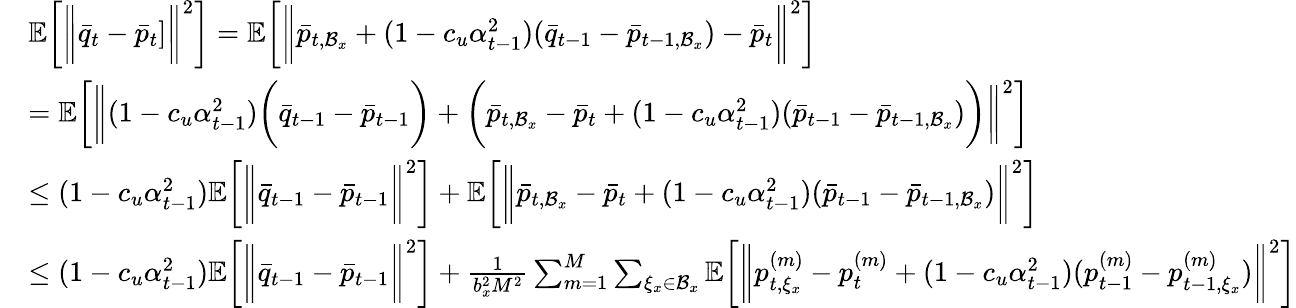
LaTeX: \begin{array}{rl}&{\mathbb{E}\bigg[\bigg\| \bar{q}_{t}-\bar{p}_{t}]\bigg\| ^{2}\bigg]=\mathbb{E}\bigg[\bigg\| \bar{p}_{t,\mathcal{B}_{x}}+(1-c_{u}\alpha_{t-1}^{2})(\bar{q}_{t-1}-\bar{p}_{t-1,\mathcal{B}_{x}})-\bar{p}_{t}\bigg\| ^{2}\bigg]}\\ &{=\mathbb{E}\bigg[\bigg\| (1-c_{u}\alpha_{t-1}^{2})\bigg(\bar{q}_{t-1}-\bar{p}_{t-1}\bigg)+\bigg(\bar{p}_{t,\mathcal{B}_{x}}-\bar{p}_{t}+(1-c_{u}\alpha_{t-1}^{2})(\bar{p}_{t-1}-\bar{p}_{t-1,\mathcal{B}_{x}})\bigg)\bigg\| ^{2}\bigg]}\\ &{\leq(1-c_{u}\alpha_{t-1}^{2})\mathbb{E}\bigg[\bigg\| \bar{q}_{t-1}-\bar{p}_{t-1}\bigg\| ^{2}\bigg]+\mathbb{E}\bigg[\bigg\| \bar{p}_{t,\mathcal{B}_{x}}-\bar{p}_{t}+(1-c_{u}\alpha_{t-1}^{2})(\bar{p}_{t-1}-\bar{p}_{t-1,\mathcal{B}_{x}})\bigg\| ^{2}\bigg]}\\ &{\leq(1-c_{u}\alpha_{t-1}^{2})\mathbb{E}\bigg[\bigg\| \bar{q}_{t-1}-\bar{p}_{t-1}\bigg\| ^{2}\bigg]+\frac{1}{b_{x}^{2}M^{2}}\sum_{m=1}^{M}\sum_{\xi_{x}\in\mathcal{B}_{x}}\mathbb{E}\bigg[\bigg\| p_{t,\xi_{x}}^{(m)}-p_{t}^{(m)}+(1-c_{u}\alpha_{t-1}^{2})(p_{t-1}^{(m)}-p_{t-1,\xi_{x}}^{(m)})\bigg\| ^{2}\bigg]}\end{array}